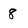
Character: 8